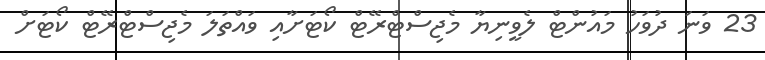
23 ވަނަ ދުވަހު މައުންޓް ލެވީނިޔާ މެޖިސްޓްރޭޓް ކޯޓަށާއި ވައްތަލަ މެޖިސްޓްރޭޓް ކޯޓަށް